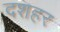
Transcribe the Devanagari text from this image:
दशहर